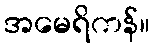
အမေရိကန်။